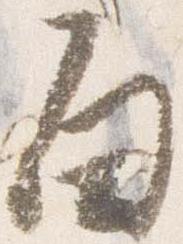
白